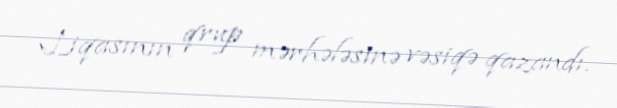
Liqasının qrup mərhələsinə vəsiqə qazandı.